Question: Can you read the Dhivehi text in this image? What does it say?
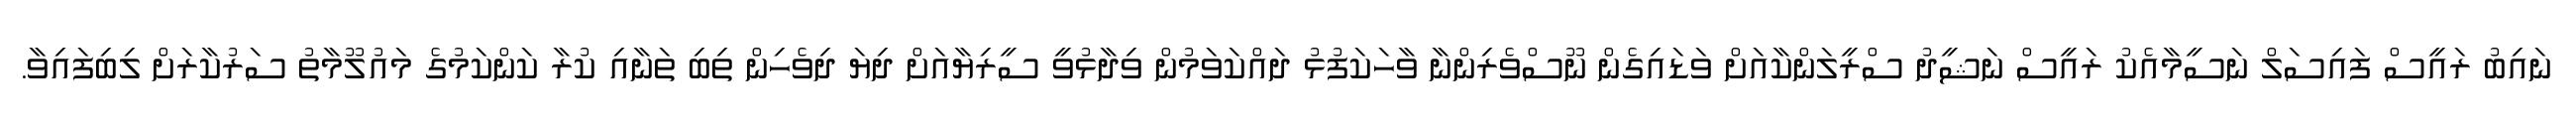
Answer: ނައިބު ރައީސް ފައިސަލް ނަސީމާއެކު ރައީސް ނަޝީދު ސްރީލަންކާއަށް ވަޑައިގެން ނޫސްވެރިންނާ ވާހަކަފުޅު ދައްކަވަމުން ވިދާޅުވީ ސީރިޔާއަށް ދިޔަ ދިވެހިން ތިބި ތަނާއި ކުރާ ކަންކަމުގެ މައުލޫމާތު ސަރުކާރަށް ލިބިފައިވާ.